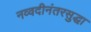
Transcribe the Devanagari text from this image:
नव्वदीनंतरसुद्धा